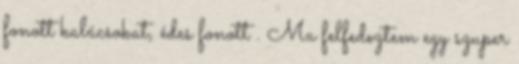
fonott kalácsokat, édes fonott . Ma felfedeztem egy szuper